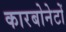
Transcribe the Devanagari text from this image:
कारबोनेटों